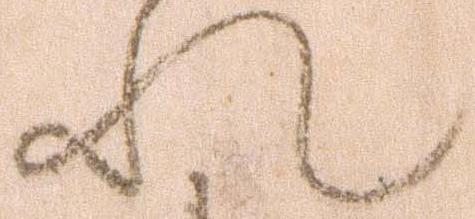
れ